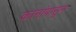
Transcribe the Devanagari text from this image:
कानांपासून